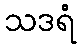
သဒရံ